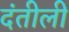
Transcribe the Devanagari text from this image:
दंतीली